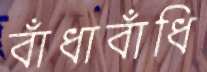
বাঁধাবাঁধি